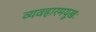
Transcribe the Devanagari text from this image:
व्यवहारमयूखः